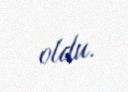
oldu.